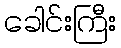
ခေါင်းကြီး